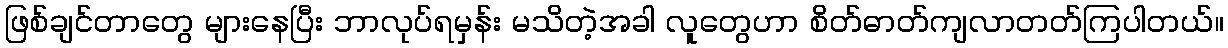
ဖြစ်ချင်တာတွေ များနေပြီး ဘာလုပ်ရမှန်း မသိတဲ့အခါ လူတွေဟာ စိတ်ဓာတ်ကျလာတတ်ကြပါတယ်။